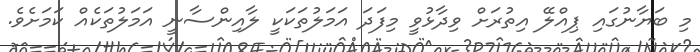
މި ބަޔާނުގައި ޕިއްލޭ އިތުރަށް ވިދާޅުވީ މިފަދަ އަމަލުތަކަކީ ލާއިންސާނީ އަމަލުތަކެއް ކަމަށެވެ.